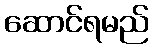
ဆောင်ရမည်